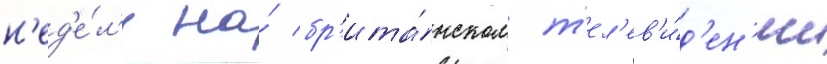
н'ед'е́л'и на́ бр'ита́нском т'ел'ев'и́д'ен'ии